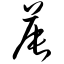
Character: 晨